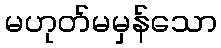
မဟုတ်မမှန်သော